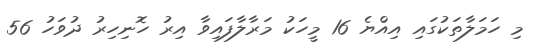
މި ހަމަލާތަކުގައި އިއްޔެ 16 މީހަކު މަރާލާފައިވާ އިރު ހޮނިހިރު ދުވަހު 56